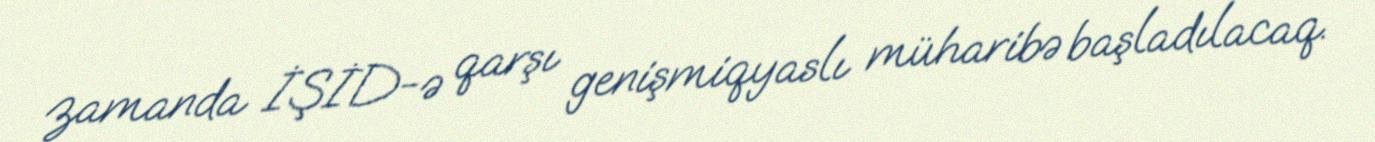
zamanda İŞİD-ə qarşı genişmiqyaslı müharibə başladılacaq.